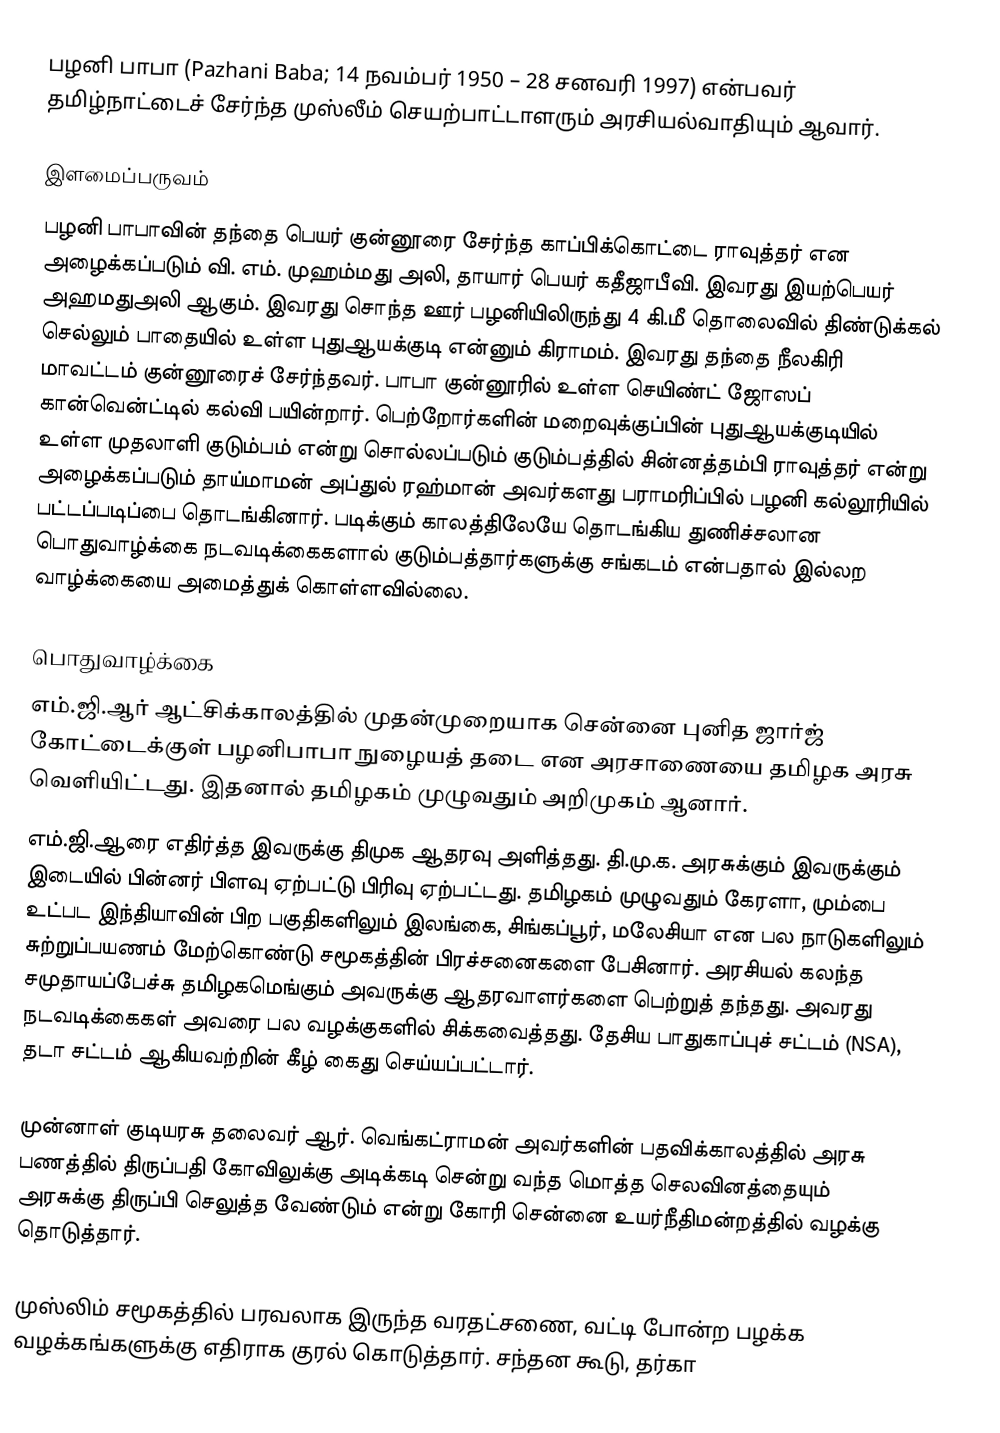
பழனி பாபா (Pazhani Baba; 14 நவம்பர் 1950 – 28 சனவரி 1997) என்பவர் தமிழ்நாட்டைச் சேர்ந்த முஸ்லீம் செயற்பாட்டாளரும் அரசியல்வாதியும் ஆவார்.

இளமைப்பருவம்
பழனி பாபாவின் தந்தை பெயர் குன்னூரை சேர்ந்த காப்பிக்கொட்டை ராவுத்தர் என அழைக்கப்படும் வி. எம். முஹம்மது அலி, தாயார் பெயர் கதீஜாபீவி. இவரது இயற்பெயர் அஹமதுஅலி ஆகும். இவரது சொந்த ஊர் பழனியிலிருந்து 4 கி.மீ தொலைவில் திண்டுக்கல் செல்லும் பாதையில் உள்ள புதுஆயக்குடி என்னும் கிராமம். இவரது தந்தை நீலகிரி மாவட்டம் குன்னூரைச் சேர்ந்தவர். பாபா குன்னூரில் உள்ள செயிண்ட் ஜோஸப் கான்வென்ட்டில் கல்வி பயின்றார். பெற்றோர்களின் மறைவுக்குப்பின் புதுஆயக்குடியில் உள்ள முதலாளி குடும்பம் என்று சொல்லப்படும் குடும்பத்தில் சின்னத்தம்பி ராவுத்தர் என்று அழைக்கப்படும் தாய்மாமன் அப்துல் ரஹ்மான் அவர்களது பராமரிப்பில் பழனி கல்லூரியில் பட்டப்படிப்பை தொடங்கினார். படிக்கும் காலத்திலேயே தொடங்கிய துணிச்சலான பொதுவாழ்க்கை நடவடிக்கைகளால் குடும்பத்தார்களுக்கு சங்கடம் என்பதால் இல்லற வாழ்க்கையை அமைத்துக் கொள்ளவில்லை.

பொதுவாழ்க்கை
எம்.ஜி.ஆர் ஆட்சிக்காலத்தில் முதன்முறையாக சென்னை புனித ஜார்ஜ் கோட்டைக்குள் பழனிபாபா நுழையத் தடை என அரசாணையை தமிழக அரசு வெளியிட்டது. இதனால் தமிழகம் முழுவதும் அறிமுகம் ஆனார்.
எம்.ஜி.ஆரை எதிர்த்த இவருக்கு திமுக ஆதரவு அளித்தது. தி.மு.க. அரசுக்கும் இவருக்கும் இடையில் பின்னர் பிளவு ஏற்பட்டு பிரிவு ஏற்பட்டது. தமிழகம் முழுவதும் கேரளா, மும்பை உட்பட இந்தியாவின் பிற பகுதிகளிலும் இலங்கை, சிங்கப்பூர், மலேசியா என பல நாடுகளிலும் சுற்றுப்பயணம் மேற்கொண்டு சமூகத்தின் பிரச்சனைகளை பேசினார். அரசியல் கலந்த சமுதாயப்பேச்சு தமிழகமெங்கும் அவருக்கு ஆதரவாளர்களை பெற்றுத் தந்தது. அவரது நடவடிக்கைகள் அவரை பல வழக்குகளில் சிக்கவைத்தது. தேசிய பாதுகாப்புச் சட்டம் (NSA), தடா சட்டம் ஆகியவற்றின் கீழ் கைது செய்யப்பட்டார்.

முன்னாள் குடியரசு தலைவர் ஆர். வெங்கட்ராமன் அவர்களின் பதவிக்காலத்தில் அரசு பணத்தில் திருப்பதி கோவிலுக்கு அடிக்கடி சென்று வந்த மொத்த செலவினத்தையும் அரசுக்கு திருப்பி செலுத்த வேண்டும் என்று கோரி சென்னை உயர்நீதிமன்றத்தில் வழக்கு தொடுத்தார்.

முஸ்லிம் சமூகத்தில் பரவலாக இருந்த வரதட்சணை, வட்டி போன்ற பழக்க வழக்கங்களுக்கு எதிராக குரல் கொடுத்தார். சந்தன கூடு, தர்கா